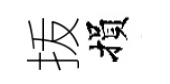
㧞損